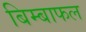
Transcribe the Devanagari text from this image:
बिम्बाफल